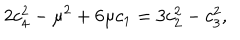
LaTeX: 2 c _ { 4 } ^ { 2 } - \mu ^ { 2 } + 6 \mu c _ { 1 } = 3 c _ { 2 } ^ { 2 } - c _ { 3 } ^ { 2 } ,